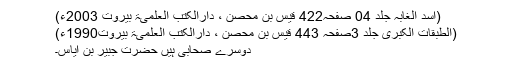
(اسد الغابہ جلد 04 صفحہ422 قَيْس بن مِحْصَن ، دارالکتب العلمیۃ بیروت 2003ء)
(الطبقات الکبریٰ جلد 3صفحہ 443 قَيْس بن مِحْصَن ، دارالکتب العلمیۃ بیروت1990ء)
دوسرے صحابی ہیں حضرت جُبَیْر بن اِیَاس۔